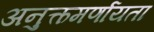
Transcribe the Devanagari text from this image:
अनुत्कमर्णायता